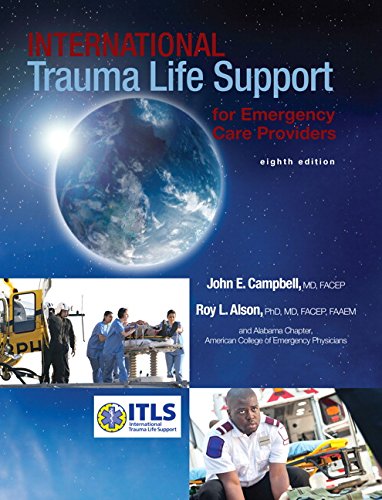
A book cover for International Trauma Life Support for Emergency Care Providers (8th Edition); ITLS; Medical Books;